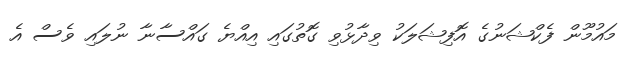
މައުމޫން ފެކްޝަނުގެ އޮފިޝަލަކު ވިދާޅުވި ގޮތުގައި އިއްޔެ ގައްސާނާ ނުލައި ވެސް އެ